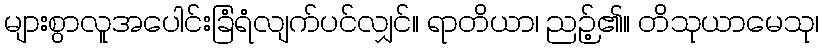
များစွာလူအပေါင်းခြံရံလျက်ပင်လျှင်။ ရာတိယာ၊ ညဉ့်၏။ တိသုယာမေသု၊